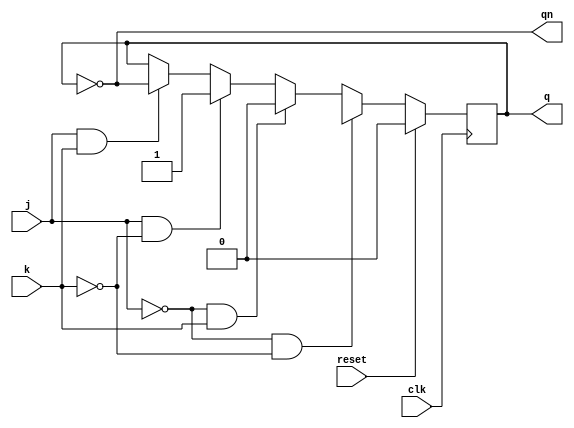
module jkff(
input j,k,clk,reset,
  output reg q,qn);
 
  
  always@(posedge clk)
    begin
      
    if(reset==1)
      q<=1'b0;
   
  else 
    if(j==1'b0 && k==0)
      q<=1'bx;
  else 
    if (j==1'b0 && k==1'b1)
      q<=1'b0;
  else 
    if (j==1'b1 && k==1'b0)
      q<=1'b1;
  else 
    if (j==1'b1 && k==1'b1)
      q<=qn;
    end
  assign qn=~q;
endmodule